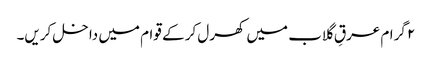
۲ گرام عرقِ گلاب میں کھرل کر کے قوام میں داخل کریں۔